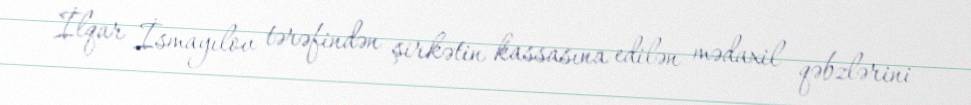
İlqar İsmayılov tərəfindən şirkətin kassasına edilən mədaxil qəbzlərini